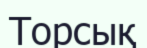
Торсық